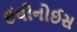
ઈલીનોઈસ